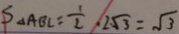
S _ { \Delta } A B C = \frac { 1 } { 2 } , 2 \sqrt { 3 } = \sqrt { 3 }